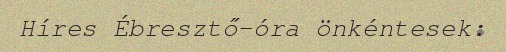
Híres Ébresztő-óra önkéntesek: